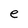
Character: e